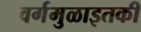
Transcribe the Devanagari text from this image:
वर्गमुळाइतकी